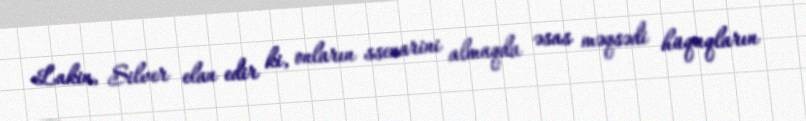
Lakin, Silver elan edir ki, onların ssenarini almaqda əsas məqsədi hüquqların